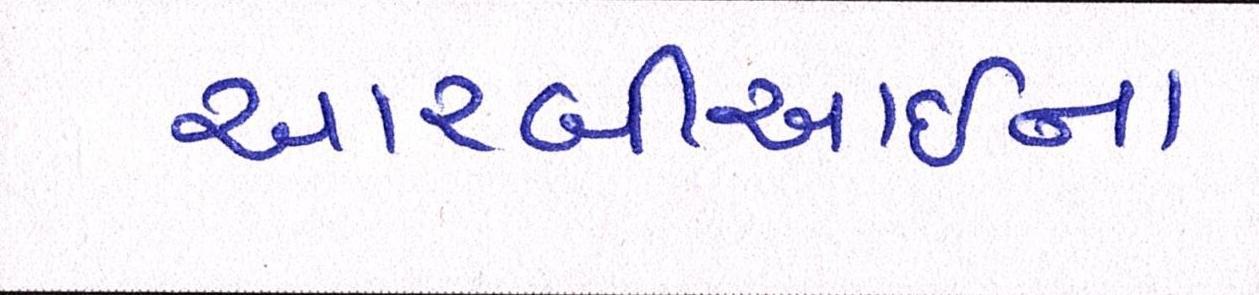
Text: આરબીઆઇના